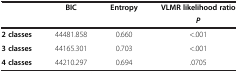
<table><thead><tr><td><b> </b></td><td><b>BIC</b></td><td><b>Entropy</b></td><td><b>VLMR likelihood ratio</b></td></tr><tr><td><b> </b></td><td><b> </b></td><td><b> </b></td><td><b><i>P</i></b></td></tr></thead><tbody><tr><td><b>2 classes</b></td><td>44481.858</td><td>0.660</td><td>&lt;.001</td></tr><tr><td><b>3 classes</b></td><td>44165.301</td><td>0.703</td><td>&lt;.001</td></tr><tr><td><b>4 classes</b></td><td>44210.297</td><td>0.694</td><td>.0705</td></tr></tbody></table>